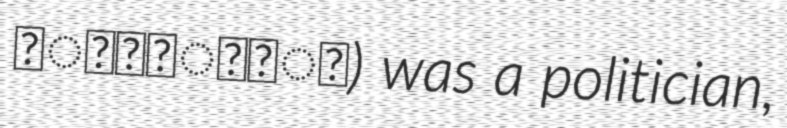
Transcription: कोइराला) was a politician,